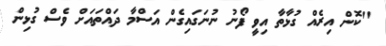
''ކޮން އިރެއް ގުޅާތާ އިވީ ފޯނު ނުނަގައިގެން އަސްމާ ދައްތައަށް ވެސް ގުޅިން